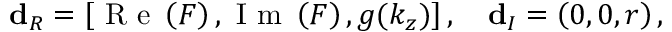
\mathbf { d } _ { R } = \left[ \mathrm { ~ R ~ e ~ } \left( F \right) , \mathrm { ~ I ~ m ~ } \left( F \right) , g ( k _ { z } ) \right] , \quad \mathbf { d } _ { I } = \left( 0 , 0 , r \right) ,